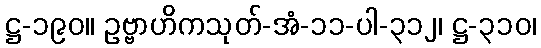
ဋ္ဌ-၁၉၀။ ဥဗ္ဗာဟိကသုတ်-အံ-၁၁-ပါ-၃၁၂၊ ဋ္ဌ-၃၁၀၊